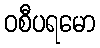
ဝစီပရမော